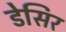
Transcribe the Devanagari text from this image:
डेसिर